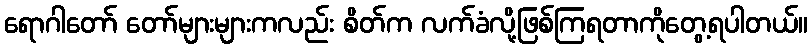
ရောဂါတော် တော်များများကလည်း စိတ်က လက်ခံလို့ဖြစ်ကြရတာကိုတွေ့ရပါတယ်။